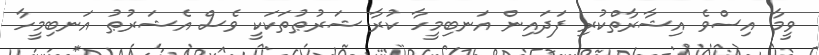
ވީމާ އިސްވެ އިޝާރާތްކުރި ފަދައިން އަނބިމީހާ ކުރާ ޝަރުޠުތަކަކީ ވެސް އެޝަރުޠު އަނބިމީހާ